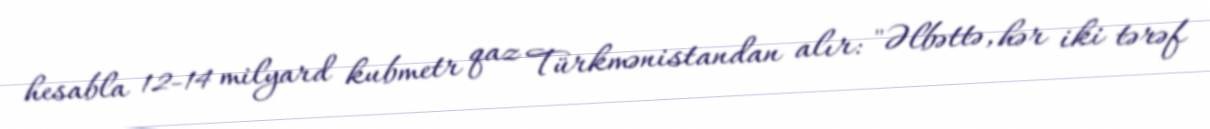
hesabla 12-14 milyard kubmetr qaz Türkmənistandan alır: "Əlbəttə, hər iki tərəf